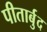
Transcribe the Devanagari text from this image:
पीतार्बुद